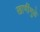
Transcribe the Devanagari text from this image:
खाणींमुळे